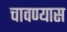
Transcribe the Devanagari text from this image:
चावण्यास